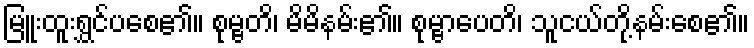
မြူးထူးရွှင်ပစေ၏။ စုမ္ဗတိ၊ မိမိနမ်း၏။ စုမ္ဗာပေတိ၊ သူငယ်တို့နမ်းစေ၏။